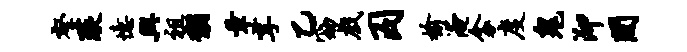
壑琰忆兴祖黼章享乙窈戏囚榆淹衾度鬼泖间